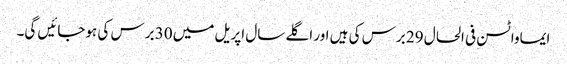
ایماواٹسن فی الحال 29 برس کی ہیں اور اگلے سال اپریل میں 30 برس کی ہوجائیں گی۔